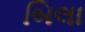
બિલા